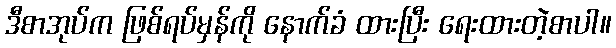
ဒီစာအုပ်က ဖြစ်ရပ်မှန်ကို နောက်ခံ ထားပြီး ရေးထားတဲ့စာပါ။